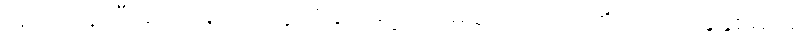
ဖြတ်သန်းပြီးခဲ့တဲ့နောက် သူတို့နိုင်ငံရဲ့ ပထမဆုံးဂြိုဟ်တုကို ၁၉၇၀ ခုနှစ်မှာမှ